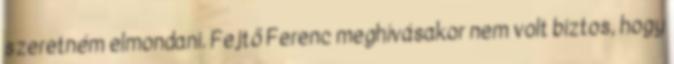
szeretném elmondani. Fejtő Ferenc meghívásakor nem volt biztos, hogy